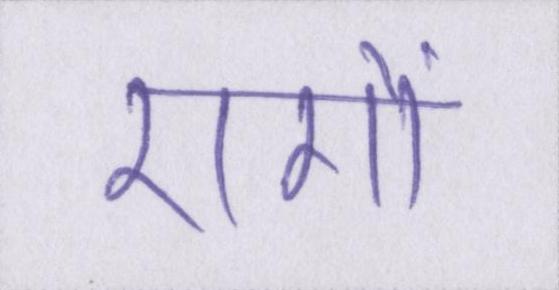
रागों